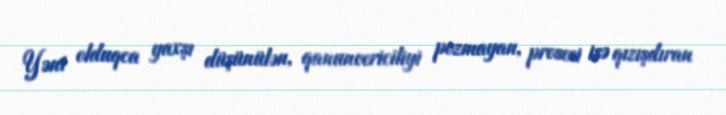
Yəni olduqca yaxşı düşünülən, qanunvericiliyi pozmayan, prosesi isə qızışdıran